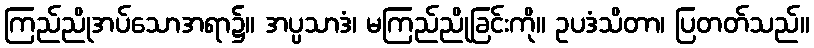
ကြည်ညိုအပ်သောအရာ၌။ အပ္ပသာဒံ၊ မကြည်ညိုခြင်းကို။ ဥပဒံသိတာ၊ ပြတတ်သည်။